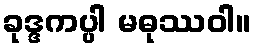
ခုဒ္ဒကပ္ပါ မဓုဿဝါ။